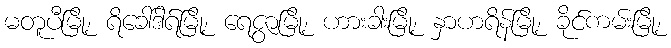
မတူပီမြို့၊ ရိခေါ်ဒါရ်မြို့၊ ရေဇွာမြို့၊ ဟားခါးမြို့၊ နှာဟရိန်မြို့၊ ခိုင်ကမ်းမြို့၊